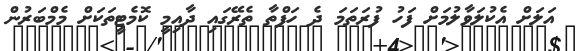
އަލަށް އެކުލަވާލުމަށް ފަހު ފުރަތަމަ ދެ ހަފްތާ ތެރޭގައި ދާއިމީ ކޮމެޓީތަކަށް މެމްބަރުން